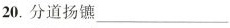
20.分道扬镳___